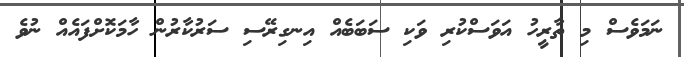
ނަމަވެސް މި ތާރީހު އަވަސްކުރި ވަކި ސަބަބެއް އިނގިރޭސި ސަރުކާރުން ހާމަކޮށްފައެއް ނުވެ